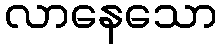
လာနေသော